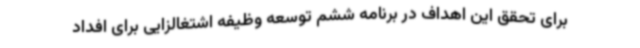
برای تحقق این اهداف در برنامه ششم توسعه وظیفه اشتغالزایی برای افداد